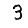
Digit: 3